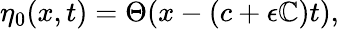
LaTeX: \eta_{0}(x,t)=\Theta(x-(c+\epsilon\mathbb{C})t),